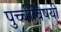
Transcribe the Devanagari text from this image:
पुच्चीविषयी